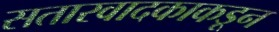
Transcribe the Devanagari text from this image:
सतारवादकाकडून